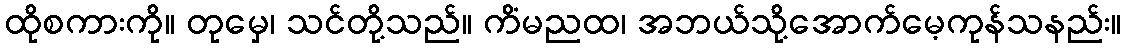
ထိုစကားကို။ တုမှေ၊ သင်တို့သည်။ ကိံမညထ၊ အဘယ်သို့အောက်မေ့ကုန်သနည်း။